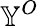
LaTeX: \mathbb{Y}^{O}